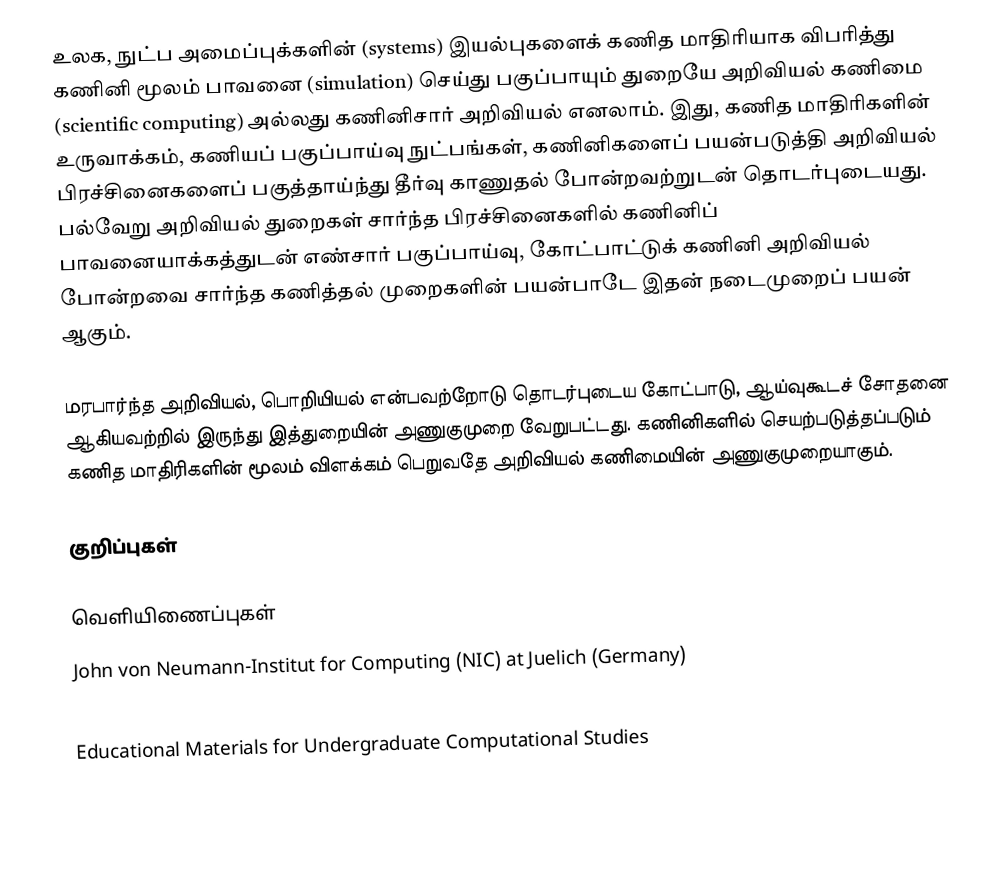
உலக, நுட்ப அமைப்புக்களின் (systems) இயல்புகளைக் கணித மாதிரியாக விபரித்து கணினி மூலம் பாவனை (simulation) செய்து பகுப்பாயும் துறையே அறிவியல் கணிமை (scientific computing) அல்லது கணினிசார் அறிவியல் எனலாம். இது, கணித மாதிரிகளின் உருவாக்கம், கணியப் பகுப்பாய்வு நுட்பங்கள், கணினிகளைப் பயன்படுத்தி அறிவியல் பிரச்சினைகளைப் பகுத்தாய்ந்து தீர்வு காணுதல் போன்றவற்றுடன் தொடர்புடையது. பல்வேறு அறிவியல் துறைகள் சார்ந்த பிரச்சினைகளில் கணினிப் பாவனையாக்கத்துடன் எண்சார் பகுப்பாய்வு, கோட்பாட்டுக் கணினி அறிவியல் போன்றவை சார்ந்த கணித்தல் முறைகளின் பயன்பாடே இதன் நடைமுறைப் பயன் ஆகும்.

மரபார்ந்த அறிவியல், பொறியியல் என்பவற்றோடு தொடர்புடைய கோட்பாடு, ஆய்வுகூடச் சோதனை ஆகியவற்றில் இருந்து இத்துறையின் அணுகுமுறை வேறுபட்டது. கணினிகளில் செயற்படுத்தப்படும் கணித மாதிரிகளின் மூலம் விளக்கம் பெறுவதே அறிவியல் கணிமையின் அணுகுமுறையாகும்.

குறிப்புகள்

வெளியிணைப்புகள்
 John von Neumann-Institut for Computing (NIC) at Juelich (Germany)
 The National Center for Computational Science at Oak Ridge National Laboratory
 Educational Materials for Undergraduate Computational Studies
 Computational Science at the National Laboratories